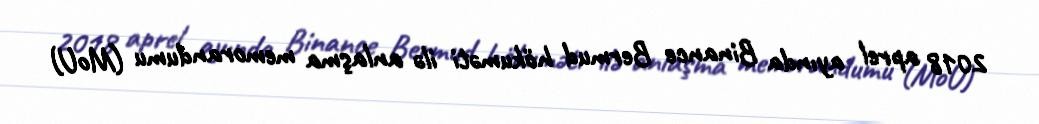
2018 aprel ayında Binance Bermud hökuməti ilə anlaşma memorandumu (MoU)